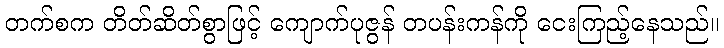
တက်စက တိတ်ဆိတ်စွာဖြင့် ကျောက်ပုဇွန် တပန်းကန်ကို ငေးကြည့်နေသည်။